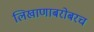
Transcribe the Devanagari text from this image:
लिखाणाबरोबरच